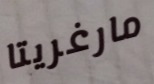
مارغريتا